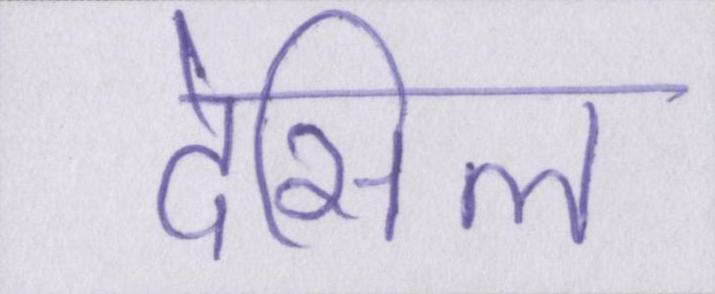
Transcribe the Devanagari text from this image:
देसिल